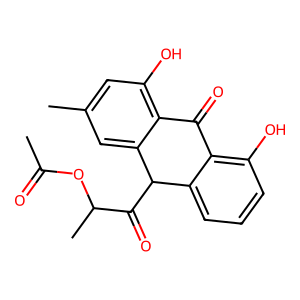
SMILES: CC(=O)OC(C)C(=O)C1c2cccc(O)c2C(=O)c2c(O)cc(C)cc21
Inhibits HIV replication: No